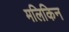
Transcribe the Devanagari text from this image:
मलिकिन